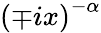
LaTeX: \left(\mp ix\right)^{-\alpha}